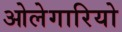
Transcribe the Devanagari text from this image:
ओलेगारियो